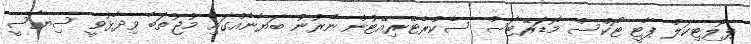
ޕޮލިޓިކަލް ޕާޓީ ޓޯކްސް މޮޑަރޭޓާސް ސެކްރެޓޭރިއޭޓުން ނެރުނު ބަޔާނެއްގައި މުޖުތަބާ ވިދާޅުވީ ސިޔާސީ